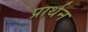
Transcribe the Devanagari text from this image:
प्रार्थन